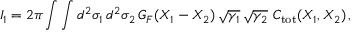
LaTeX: I _ { 1 } = 2 \pi \int \int d ^ { 2 } \sigma _ { 1 } \, d ^ { 2 } \sigma _ { 2 } \, G _ { F } ( X _ { 1 } - X _ { 2 } ) \, \sqrt { \gamma _ { 1 } } \, \sqrt { \gamma _ { 2 } } \ C _ { \mathrm { t o t } } ( X _ { 1 } , X _ { 2 } ) \, ,